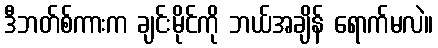
ဒီဘတ်စ်ကားက ချင်းမိုင်ကို ဘယ်အချိန် ရောက်မလဲ။